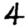
Digit: 4